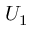
U _ { 1 }